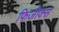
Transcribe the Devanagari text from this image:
फिजीक्स